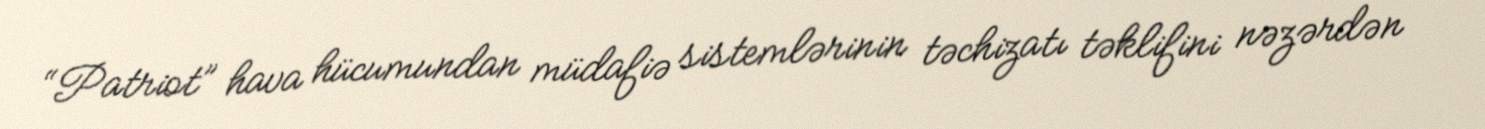
“Patriot” hava hücumundan müdafiə sistemlərinin təchizatı təklifini nəzərdən